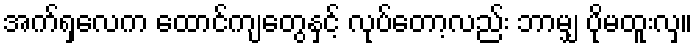
အက်ရှလေက ထောင်ကျတွေနှင့် လုပ်တော့လည်း ဘာမျှ ပိုမထူးလှ။